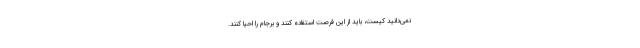
نمی‌دانید کیست، باید از این فرصت استفاده کنند و برجام را احیا کنند.